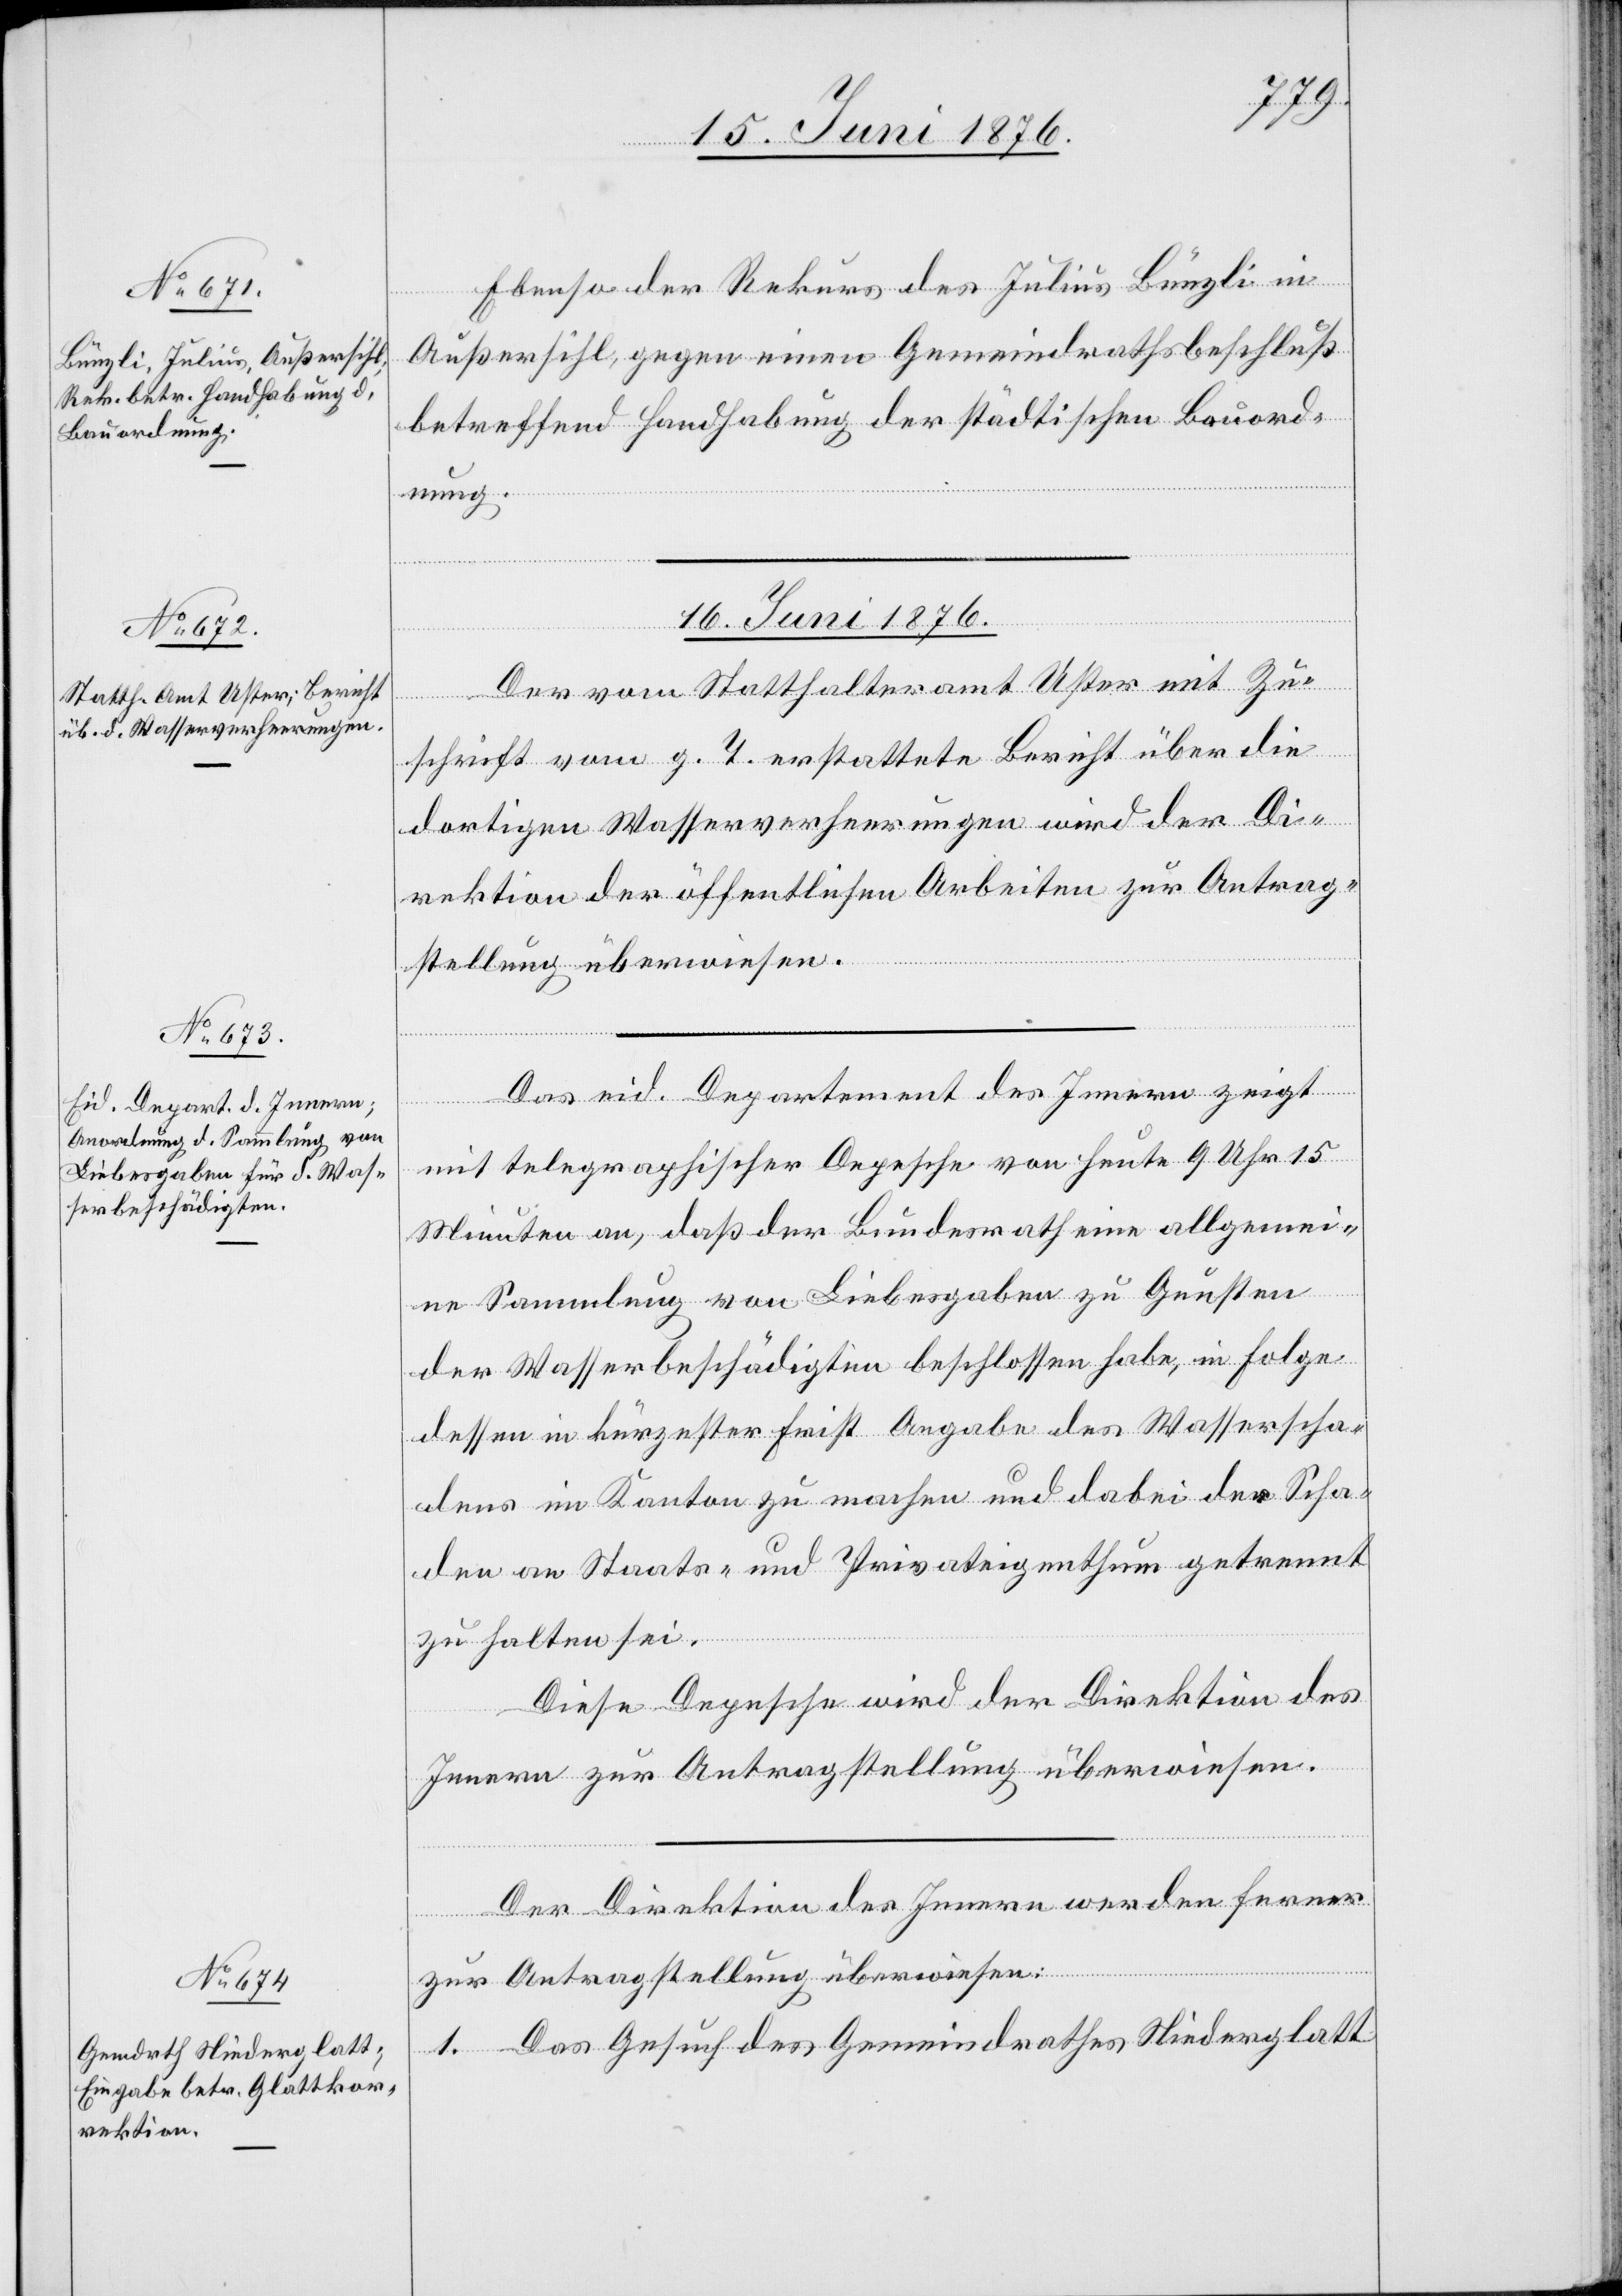
15. Juni 1876.]
Ebenso der Rekurs des Julius Bünzli in
Außersihl, gegen einen Gemeindrathsbeschluß
betreffend Handhabung der städtischen Bauord¬
nung.
16. Juni 1876.]
Der vom Statthalteramt Uster mit Zu¬
schrift vom g. T. erstellte Bericht über die
dortigen Wasserverheerungen wird der Di¬
rektion der öffentlichen Arbeiten zur Antrag¬
stellung überwiesen.
Das eid. Departement des Innern zeigt
mit telegraphischer Depesche von heute 9 Uhr 15
Minuten an, daß der Bundesrath eine allgemei¬
ne Sammlung von Liebesgaben zu Gunsten
der Wasserbeschädigten beschlossen habe, in Folge
dessen in kürzester Frist Angabe des Wasserscha¬
dens im Kanton zu machen und dabei der Scha¬
den an Staats- und Privateigenthum getrennt
zu halten sei.
Diese Depesche wird der Direktion des
Innern zur Antragstellung überwiesen.
Der Direktion des Innern werden ferner
zur Antragstellung überwiesen:
1. Das Gesuch des Gemeindrathes Niederglatt